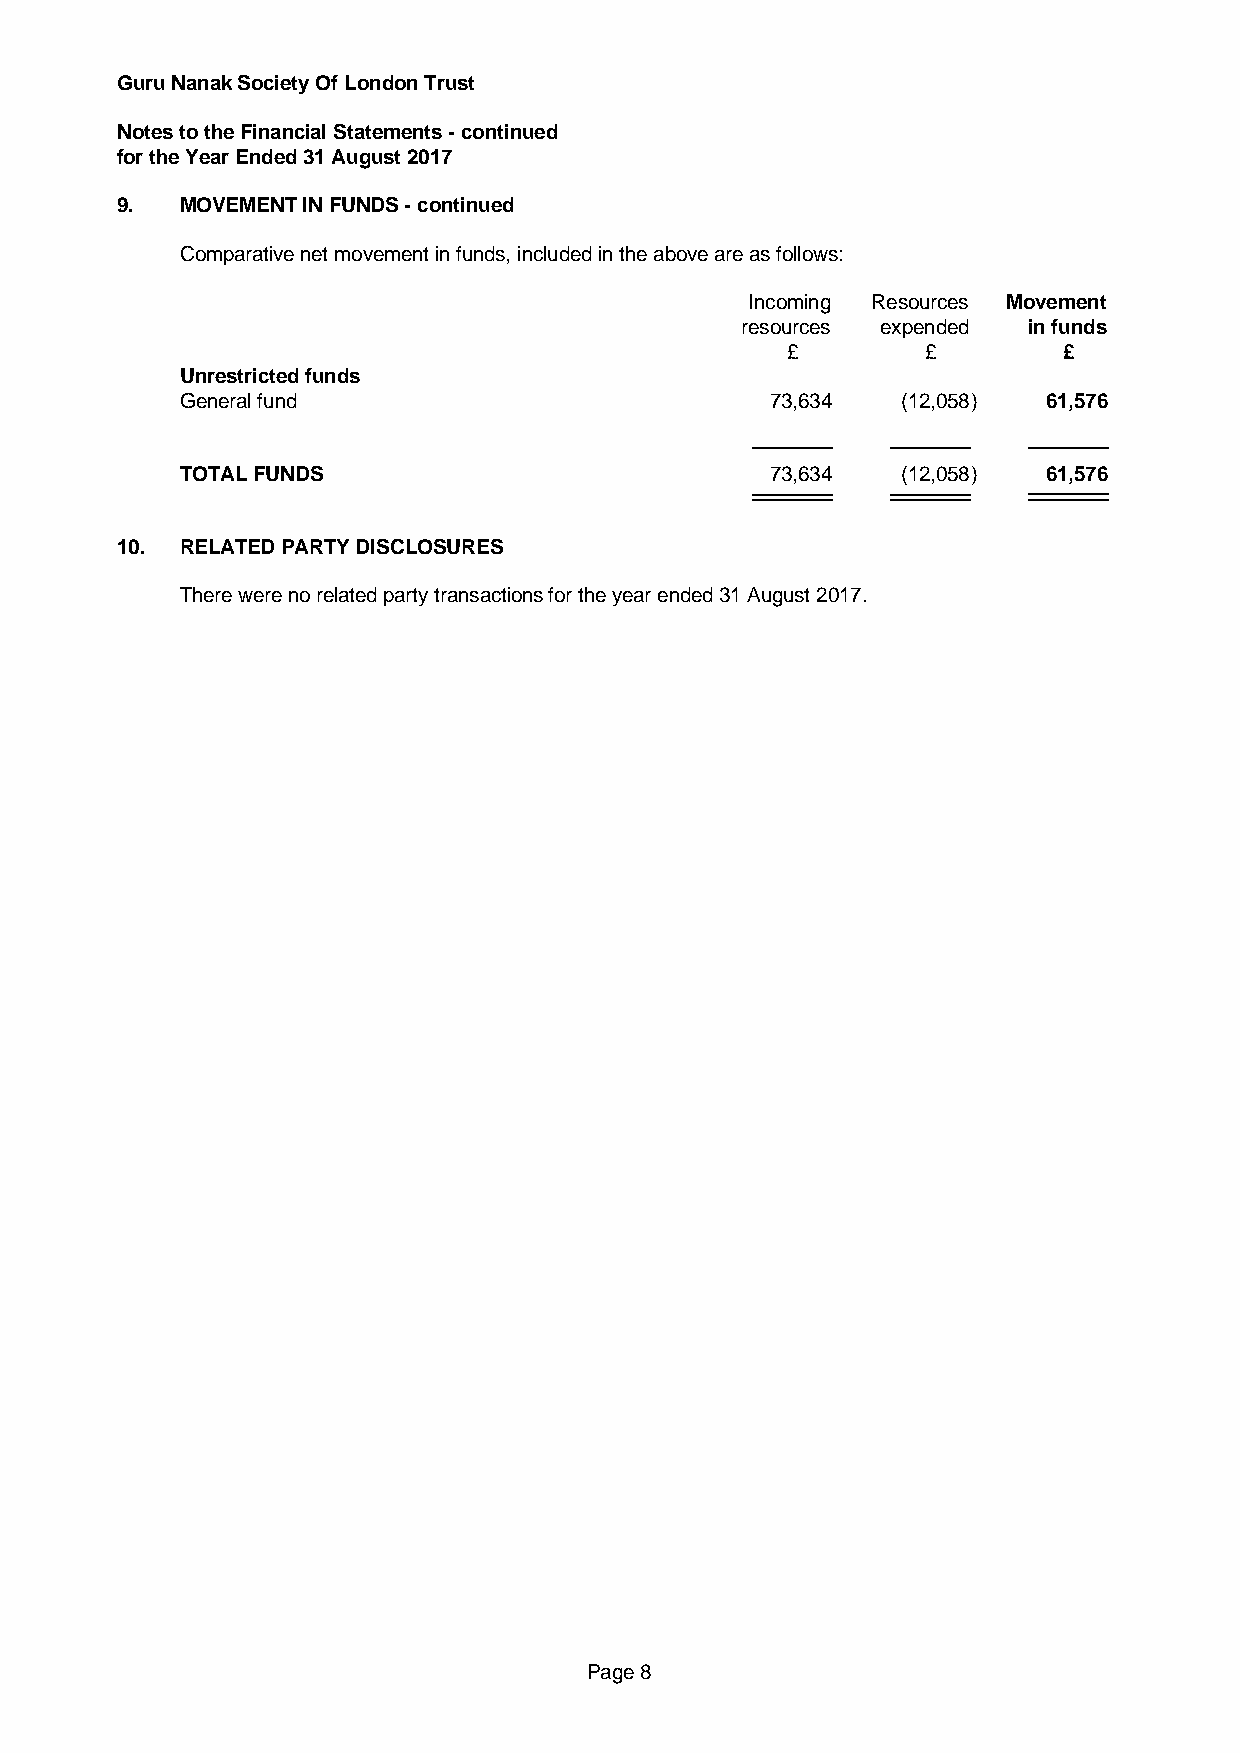
Guru Nanak Society Of London Trust
 Notes to the Financial Statements - continued
 for the Year Ended 31 August 2017
 9.  MOVEMENT IN FUNDS - continued
 Comparative net movement in funds, included in the above are as follows:
 Incoming Resources Movement
 resources expended in funds
 £        £        £
 Unrestricted funds
 General fund                           73,634   (12,058) 61,576
 TOTAL FUNDS                            73,634   (12,058) 61,576
 10. RELATED PARTY DISCLOSURES
 There were no related party transactions for the year ended 31 August 2017.
 Page 8